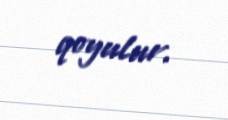
qoyulur.